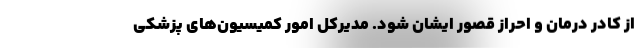
از کادر درمان و احراز قصور ایشان شود. مدیرکل امور کمیسیون‌های پزشکی